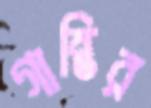
গাম্ভির